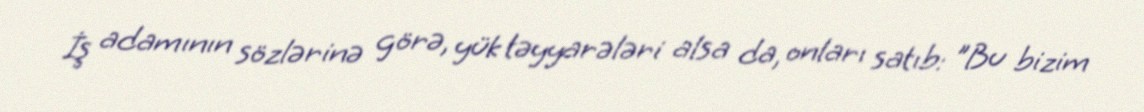
İş adamının sözlərinə görə, yük təyyarələri alsa da, onları satıb: "Bu bizim